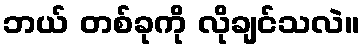
ဘယ် တစ်ခုကို လိုချင်သလဲ။